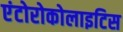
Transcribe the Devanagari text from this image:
एंटोरोकोलाइटिस